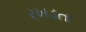
રખડતા